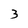
Character: 3